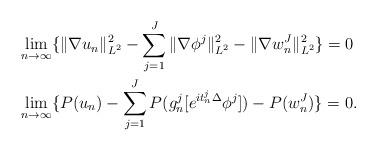
LaTeX: \begin{align*} &\lim_{n\to\infty}\{\|\nabla u_n\|_{L^2}^2-\sum_{j=1}^J\|\nabla \phi^j\|_{L^2}^2-\|\nabla w_n^J\|_{L^2}^2\}=0\\ &\lim_{n\to\infty}\{P(u_n)-\sum_{j=1}^JP(g_n^j[e^{it_n^j\Delta}\phi^j])-P(w_n^J)\}=0. \end{align*}